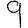
Digit: 9